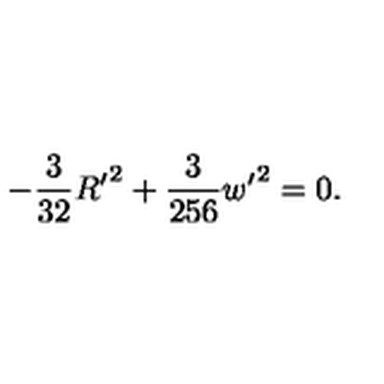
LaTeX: - \frac { 3 } { 3 2 } { R ^ { \prime } } ^ { 2 } + \frac { 3 } { 2 5 6 } { w ^ { \prime } } ^ { 2 } = 0 .